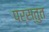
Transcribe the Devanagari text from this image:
पर्स्तुत